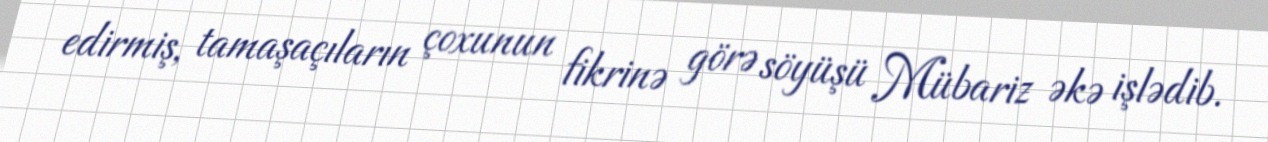
edirmiş, tamaşaçıların çoxunun fikrinə görə söyüşü Mübariz əkə işlədib.